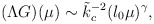
\begin{align*}(\Lambda G)(\mu) \sim \tilde{k}_c^{-2} (l_0 \mu)^\gamma ,\end{align*}